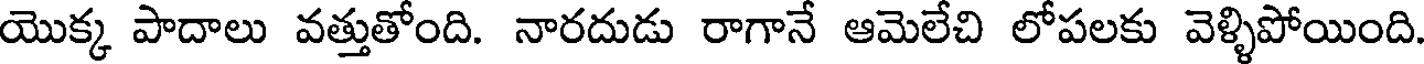
యొక్క పాదాలు వత్తుతోంది. నారదుడు రాగానే ఆమెలేచి లోపలకు వెళ్ళిపోయింది